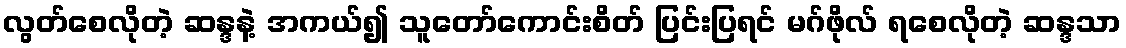
လွတ်စေလိုတဲ့ ဆန္ဒနဲ့ အကယ်၍ သူတော်ကောင်းစိတ် ပြင်းပြရင် မဂ်ဖိုလ် ရစေလိုတဲ့ ဆန္ဒသာ